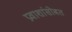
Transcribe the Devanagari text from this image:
प्रवाशांसोबत